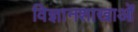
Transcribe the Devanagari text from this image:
विज्ञानशाखाओं